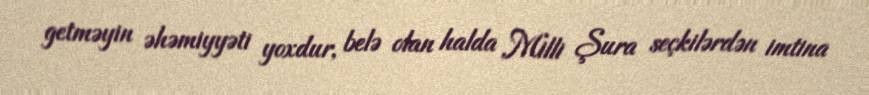
getməyin əhəmiyyəti yoxdur, belə olan halda Milli Şura seçkilərdən imtina